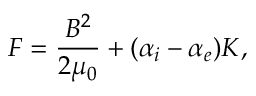
F = \frac { B ^ { 2 } } { 2 \mu _ { 0 } } + ( \alpha _ { i } - \alpha _ { e } ) K ,